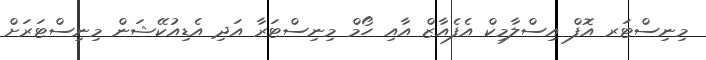
މިނިސްޓަރ އޮފް އިސްލާމިކް އެފެެއާޒް އާއި ހޯމް މިނިސްޓަރާ އަދި އެޑިއުކޭޝަން މިނިސްޓަރަށް